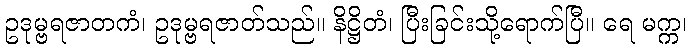
ဥဒုမ္ဗရဇာတကံ၊ ဥဒုမ္ဗရဇာတ်သည်။ နိဋ္ဌိတံ၊ ပြီးခြင်းသို့ရောက်ပြီ။ ရေ မက္က၊